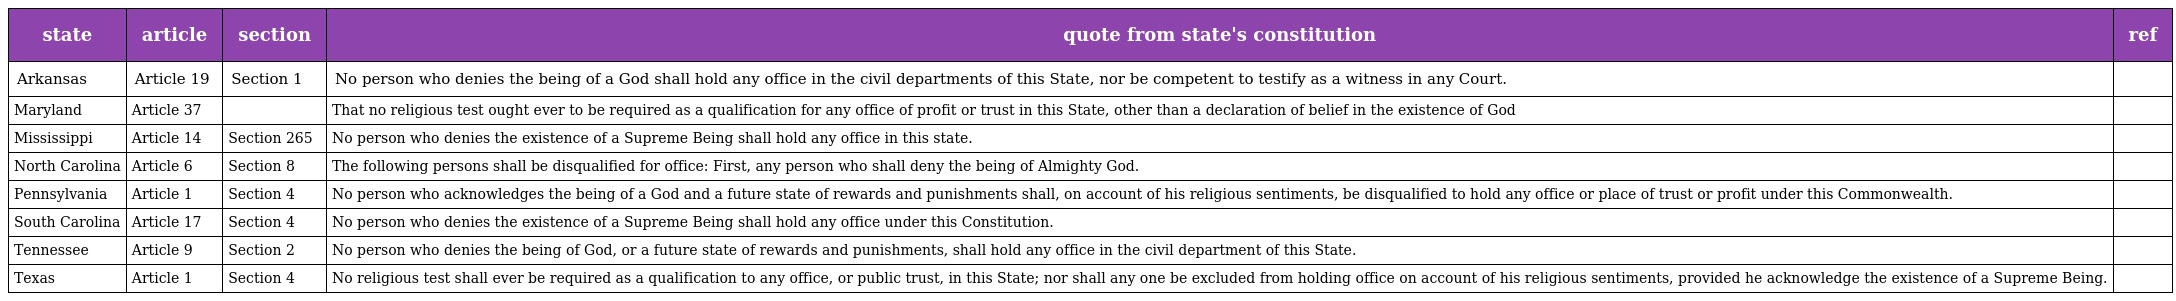
| state | article | section | quote from state's constitution | ref |
 | --- | --- | --- | --- | --- |
 | Arkansas | Article 19 | Section 1 | No person who denies the being of a God shall hold any office in the civil departments of this State, nor be competent to testify as a witness in any Court. |  |
 | Maryland | Article 37 |  | That no religious test ought ever to be required as a qualification for any office of profit or trust in this State, other than a declaration of belief in the existence of God |  |
 | Mississippi | Article 14 | Section 265 | No person who denies the existence of a Supreme Being shall hold any office in this state. |  |
 | North Carolina | Article 6 | Section 8 | The following persons shall be disqualified for office: First, any person who shall deny the being of Almighty God. |  |
 | Pennsylvania | Article 1 | Section 4 | No person who acknowledges the being of a God and a future state of rewards and punishments shall, on account of his religious sentiments, be disqualified to hold any office or place of trust or profit under this Commonwealth. |  |
 | South Carolina | Article 17 | Section 4 | No person who denies the existence of a Supreme Being shall hold any office under this Constitution. |  |
 | Tennessee | Article 9 | Section 2 | No person who denies the being of God, or a future state of rewards and punishments, shall hold any office in the civil department of this State. |  |
 | Texas | Article 1 | Section 4 | No religious test shall ever be required as a qualification to any office, or public trust, in this State; nor shall any one be excluded from holding office on account of his religious sentiments, provided he acknowledge the existence of a Supreme Being. |  |